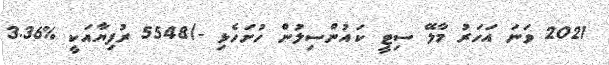
2021 ވަނަ އަހަރު މާލޭ ސިޓީ ކައުންސިލުން ހުށަހެޅި -/5548 ރުފިޔާއަކީ %3.36